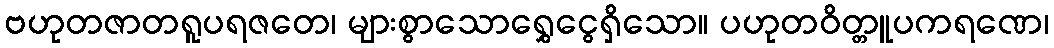
ဗဟုတဇာတရူပရဇတေ၊ များစွာသောရွှေငွေရှိသော။ ပဟုတဝိတ္တူပကရဏေ၊